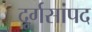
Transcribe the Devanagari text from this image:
दूर्गसांपद